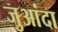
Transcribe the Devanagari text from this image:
जुआंदा